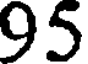
95